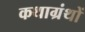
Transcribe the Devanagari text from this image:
कथाग्रंथों